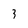
Character: 3